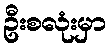
ဦးစလုံးမှာ